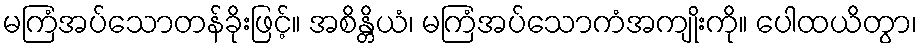
မကြံအပ်သောတန်ခိုးဖြင့်။ အစိန္တိယံ၊ မကြံအပ်သောကံအကျိုးကို။ ပေါထယိတွာ၊